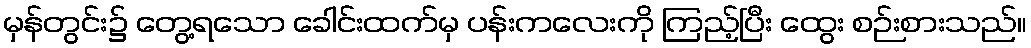
မှန်တွင်း၌ တွေ့ရသော ခေါင်းထက်မှ ပန်းကလေးကို ကြည့်ပြီး ထွေး စဉ်းစားသည်။